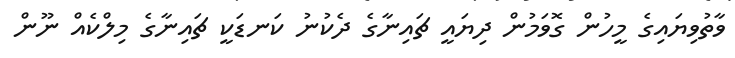
ވާތުވިޔައިގެ މީހުން ގޮވަމުން ދިޔައީ ޗައިނާގެ ދެކުނު ކަނޑަކީ ޗައިނާގެ މިލްކެއް ނޫން